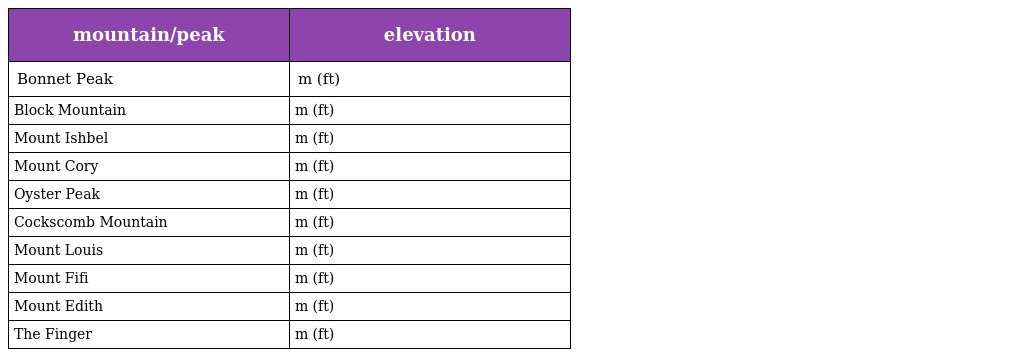
| mountain/peak | elevation |
 | --- | --- |
 | Bonnet Peak | m (ft) |
 | Block Mountain | m (ft) |
 | Mount Ishbel | m (ft) |
 | Mount Cory | m (ft) |
 | Oyster Peak | m (ft) |
 | Cockscomb Mountain | m (ft) |
 | Mount Louis | m (ft) |
 | Mount Fifi | m (ft) |
 | Mount Edith | m (ft) |
 | The Finger | m (ft) |